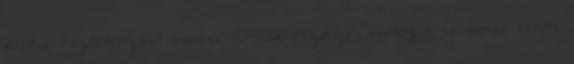
kredit Foglalkozás: orvos, X-men vezetője, biológia és kémia tanár